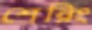
শেরিং